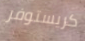
كريستوفر